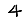
Digit: 4